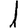
Digit: 1